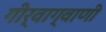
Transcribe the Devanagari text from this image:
गीर्वाग्वाणी